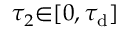
\tau _ { 2 } { \in } [ 0 , \tau _ { \mathrm { d } } ]